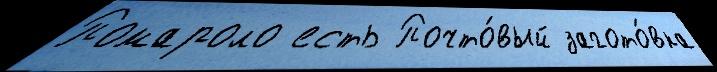
Помароло есть Почто́вый загото́вка